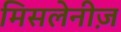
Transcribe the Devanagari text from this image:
मिसलेनीज़